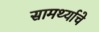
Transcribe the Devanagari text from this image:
सामर्थ्याचे